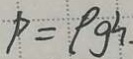
P = \rho g h .